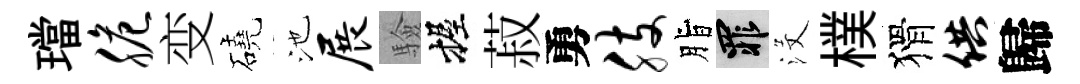
璫脆变磽池展驗握菽勇肢脂罪沒樸猾供歸